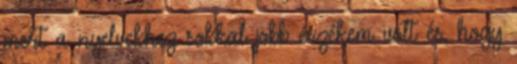
mert a nyelvekhez sokkal jobb érzékem volt és, hogy